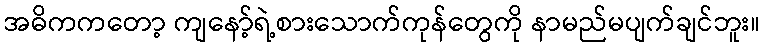
အဓိကကတော့ ကျနော့်ရဲ့စားသောက်ကုန်တွေကို နာမည်မပျက်ချင်ဘူး။